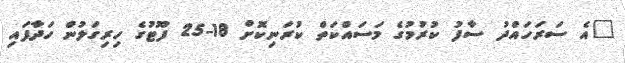
"އެ ސަރަހައްދު ސާފު ކުރުމުގެ މަސައްކަތް ކުރަނިކޮށް 18-25 ފޫޓުގެ ހިރިގަލުން ހަދާފައި